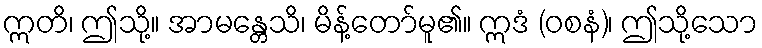
ဣတိ၊ ဤသို့။ အာမန္တေသိ၊ မိန့်တော်မူ၏။ ဣဒံ (ဝစနံ)၊ ဤသို့သော